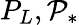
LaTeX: P_{L},\mathcal{P}_{*}